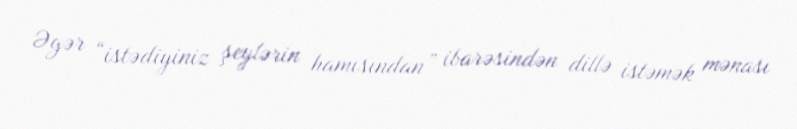
Əgər “istədiyiniz şeylərin hamısından” ibarəsindən dillə istəmək mənası